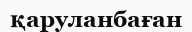
қаруланбаған